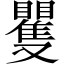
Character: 矍